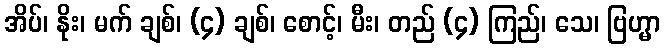
အိပ်၊ နိုး၊ မက် ချစ်၊ (၄) ချစ်၊ စောင့်၊ မီး၊ တည် (၄) ကြည်၊ သေ၊ ဗြဟ္မာ